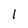
Character: I